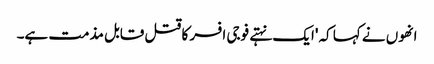
انھوں نے کہا کہ 'ایک نہتے فوجی افسر کا قتل قابل مذمت ہے۔